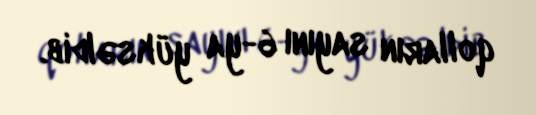
qolların sayını 6-ya yüksəldib.